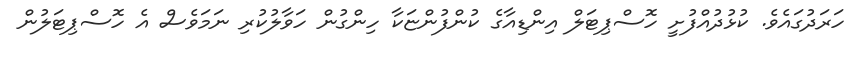
ހަރަދުގައެވެ. ކުޅުދުއްފުށީ ހޮސްޕިޓަލް އިންޑިއާގެ ކުންފުންޏަކާ ހިންގުން ހަވާލުކުރި ނަމަވެސް އެ ހޮސްޕިޓަލުން